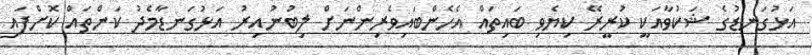
އަޅުގަނޑުގެ ޝަކުވާއަކީ ކުރީރޭ ކިޔެވި ބައިތައް އެހެންބައިވެރިންނަށް ލިބުނުއިރު އަޅުގަނޑާމެދު ކަންތައް ކޮށްފައި